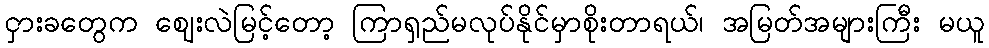
ငှားခတွေက ဈေးလဲမြင့်တော့ ကြာရှည်မလုပ်နိုင်မှာစိုးတာရယ်၊ အမြတ်အများကြီး မယူ